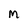
Character: M